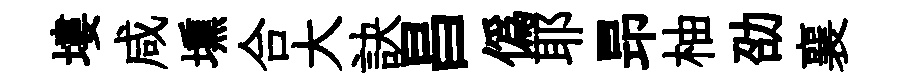
塿咸壎合大訣昌僞耶昻柚劭襄